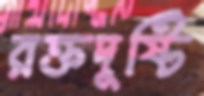
রক্তদুষ্টি